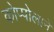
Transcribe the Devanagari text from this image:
कोप्पोलाने